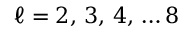
\ell = 2 , \, 3 , \, 4 , \, \ldots 8